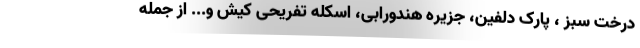
درخت سبز ، پارک دلفین، جزیره هندورابی، اسکله تفریحی کیش و... از جمله